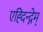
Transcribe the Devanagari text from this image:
एह्दिन्द्नेम्